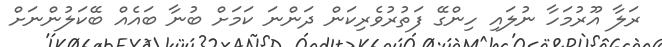
ރަލާ އޫރުމަހާ ނުލައި ހިންގޭ ފަތުރުވެރިކަން ދަންނަ ކަމަށް ބުނާ ބައެއް ބޭކަލުންނަށް